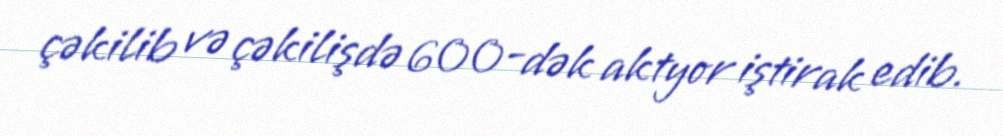
çəkilib və çəkilişdə 600-dək aktyor iştirak edib.